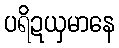
ပရိဍယှမာနေ